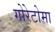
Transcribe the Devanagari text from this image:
गोरेटोमा